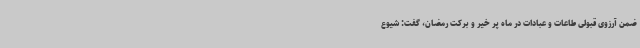
ضمن آرزوی قبولی طاعات و عبادات در ماه پر خیر و برکت رمضان، گفت: شیوع